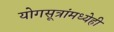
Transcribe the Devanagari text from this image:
योगसूत्रांमध्येही